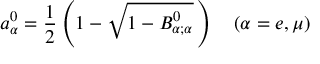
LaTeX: a _ { \alpha } ^ { 0 } = \frac { 1 } { 2 } \left( 1 - \sqrt { 1 - B _ { \alpha ; \alpha } ^ { 0 } } \, \right) \quad ( \alpha = e , \mu )